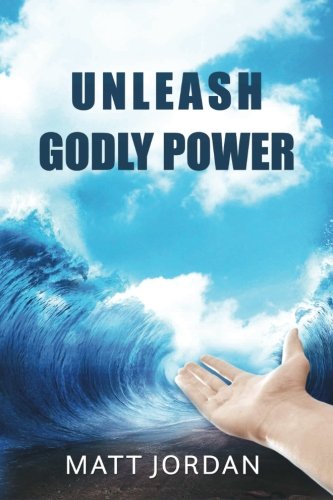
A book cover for Unleash Godly Power; Matt Jordan; Business & Money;